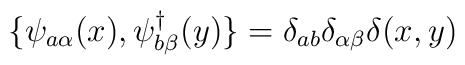
\{ \psi_{a\alpha}(x),\psi^{\dagger}_{b\beta}(y)\}=\delta_{ab}\delta_{\alpha\beta}\delta(x,y)